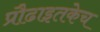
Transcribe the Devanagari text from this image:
प्रौढाइतकेच